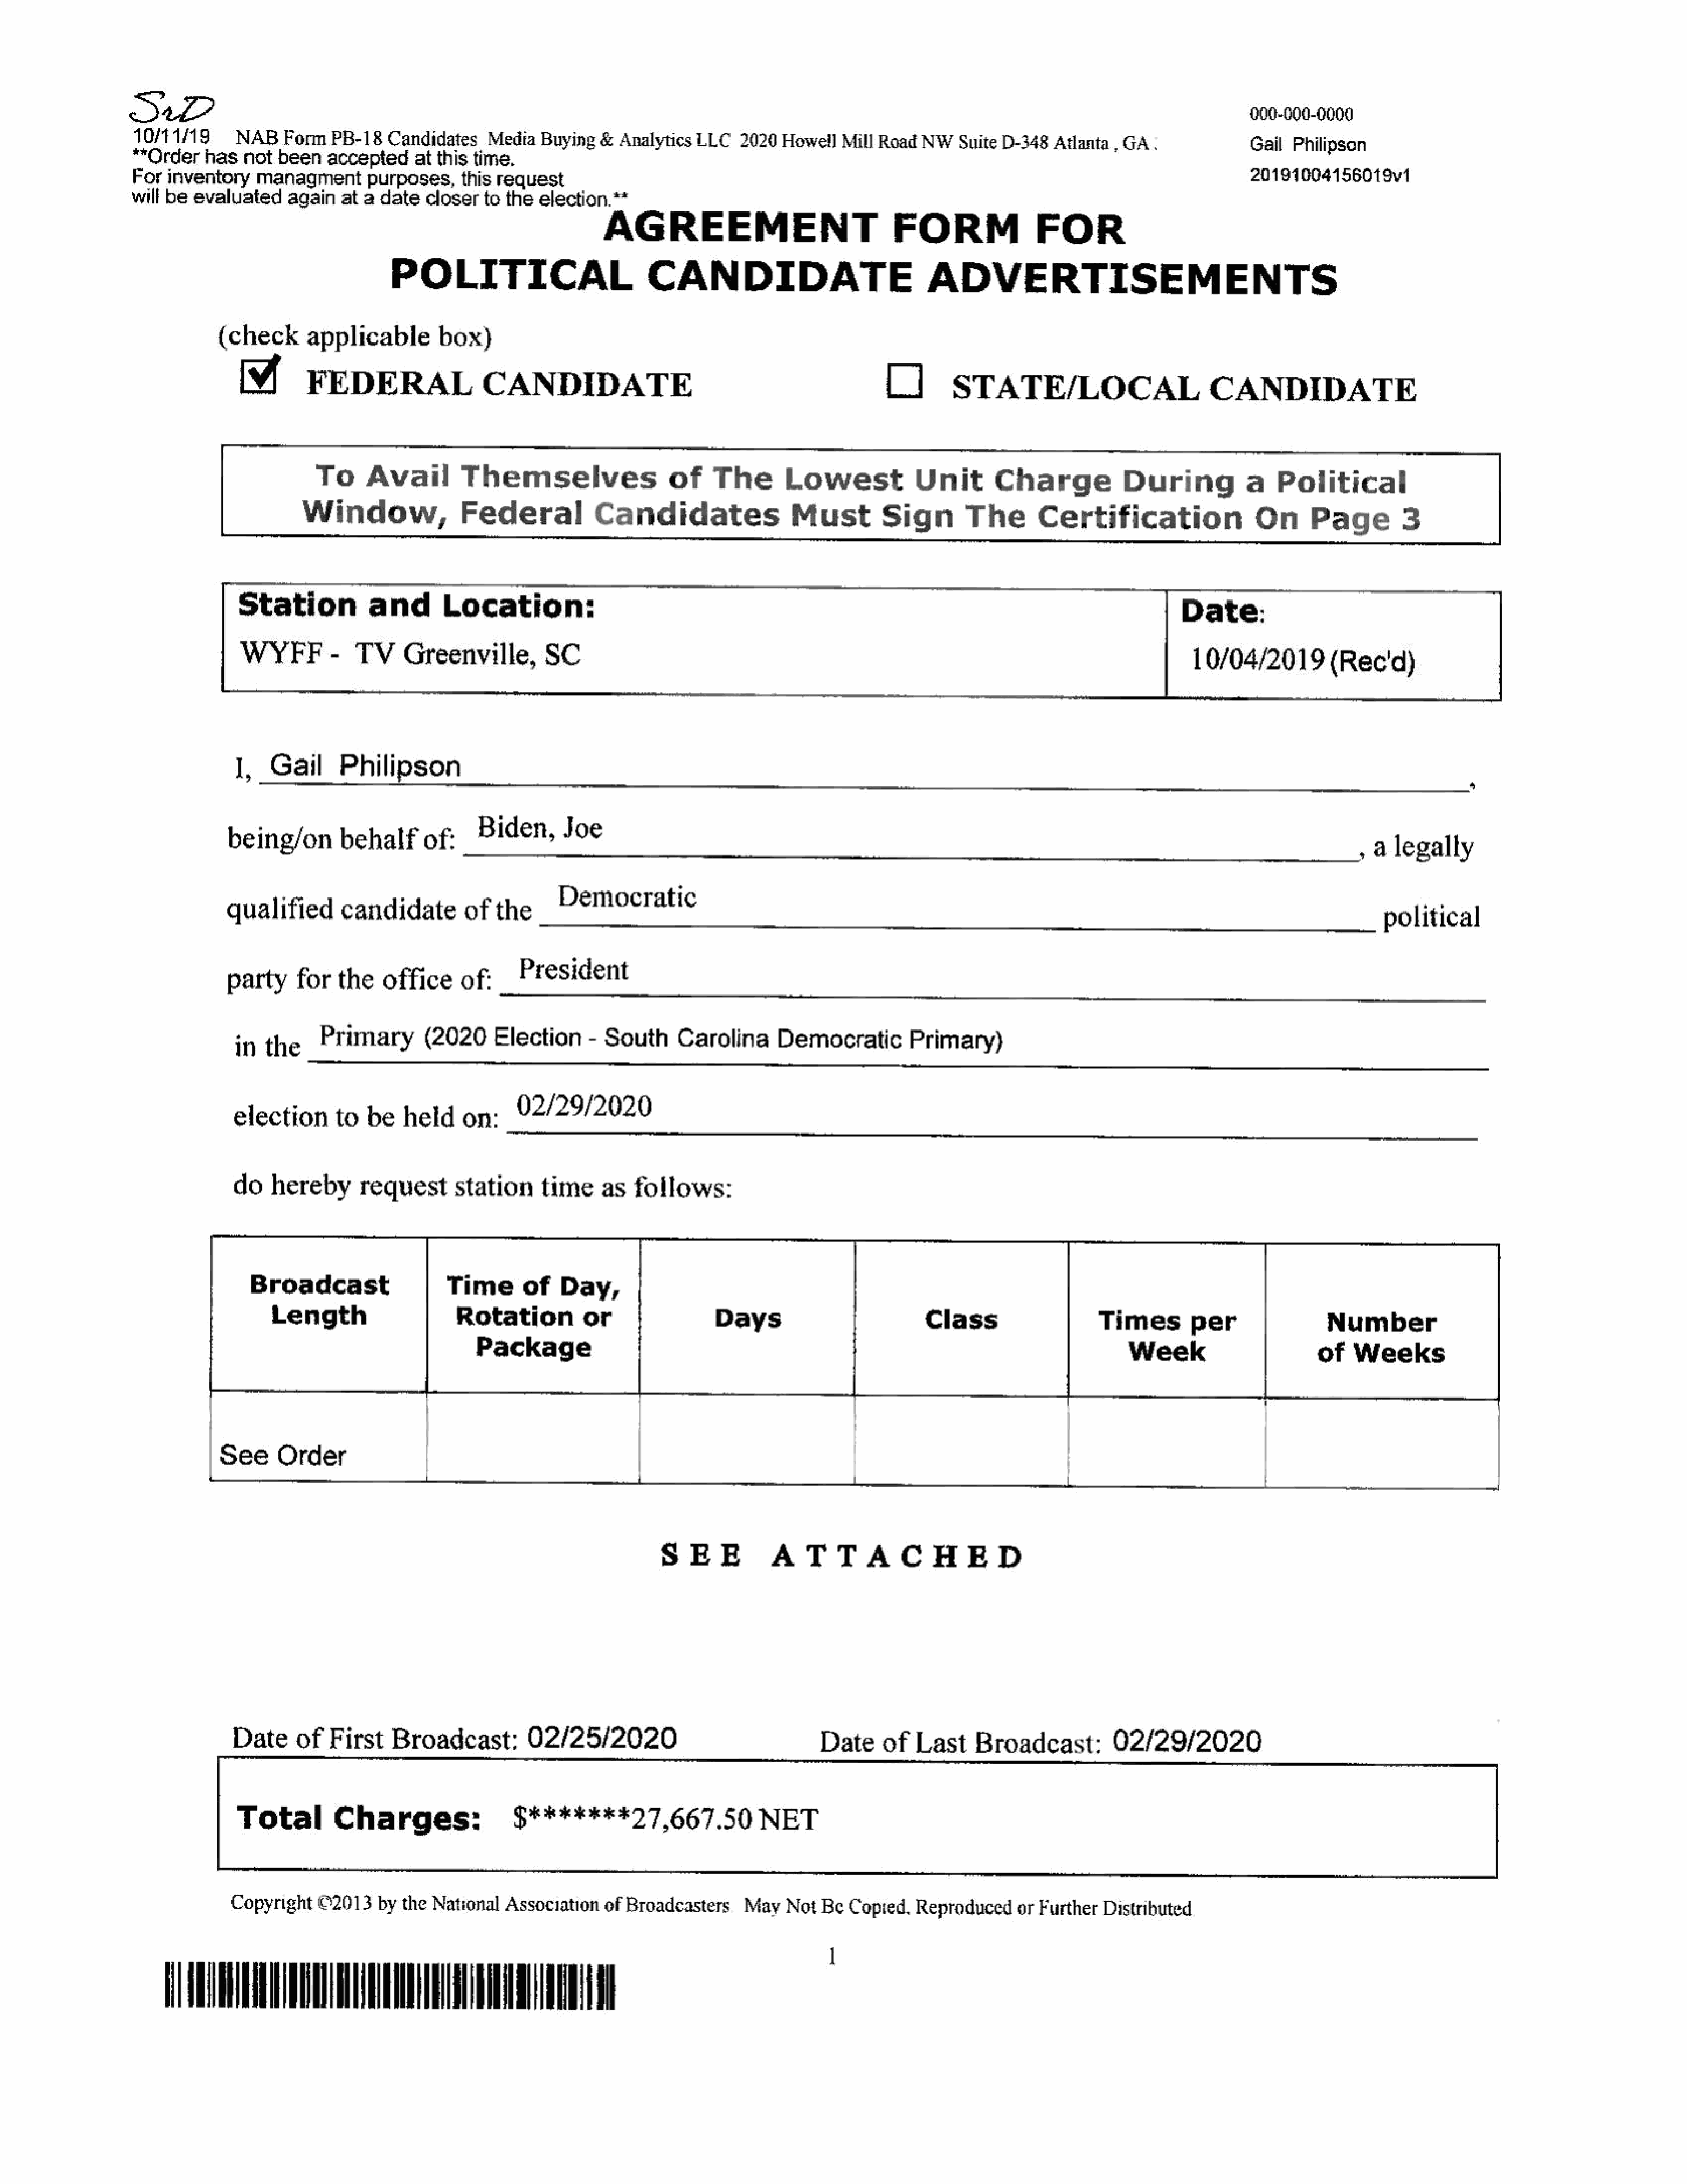
000-000-0000
 10/11/19       NAB    Form  PB-18   Candidates     Media  Buying   &  Analytics LLC    2020  Howel]  Mill  Road  NW   Suite D-348   Atlanta gGAS                Gail  Philipsen
 “Order    has   not  been   acceptedatthis       time.
 20191004156019v1
 Forinventory      managmentpurposes,this            request
 w
 will be  evaluated    again   at a date   closerto   the  election.**
 AGREEMENT                                 FORM                FOR
 POLITICAL                            CANDIDATE                               ADVERTISEMENTS
 (check       applicable         box)
 FEDERAL                  CANDIDATE                                                 O        STATE/LOCAL                          CANDIDATE
 To     Avail         Themselves                    of    The        Lowest            Unit       Charge             During           a    Political
 Window,                Federal            Candidates                  Must         Sign        The        Certification                 On       Page        3
 Sta    tion        and       Location:
 Date:
 WYFF-            TV     Greenville,         SC
 10/04/2019         (Rec'd)
 1,   Gail      Philipson
 *
 being/on        behalf      of:    Biden,       Joe
 , alegally
 qualified        candidate        of   the      Democratic
 political
 party     for   the    office     of;     President
 in  the     Primary        (2020     Election     - South      Carolina      Democratic         Primary)
 election       to   be   held    on;     92/29/2020
 do    hereby      request       station     time     as   follows:
 Broadcast                   Time       of   Day,
 Length                    Rotation          or
 Times        per                 Number
 Package
 Week                       of    Weeks
 See      Order
 ett                                  1                          ike                             t                              |
 SEE             ATTACHED
 Date     of   First    Broadcast:         02/25/2020                                Date     of   Last    Broadcast:          02/29/2020
 Total         Charges:                 $*******27,667.50                  NET
 Copyright   ©2013  by   the  Natronal  Association   of  Broadcasters    May   Not  Be  Copied,   Reproduced    or  Further  Distributed
 EASAA